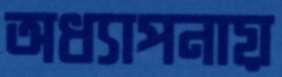
অধ্যাপনায়